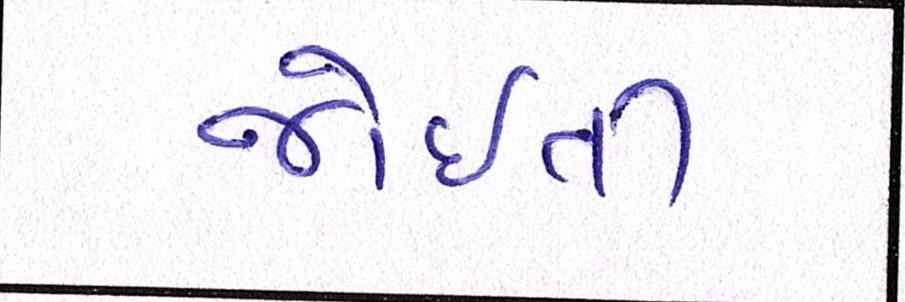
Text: જોઈતી